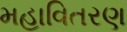
મહાવિતરણ